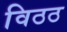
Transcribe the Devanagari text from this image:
विठठ